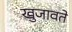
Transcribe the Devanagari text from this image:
खुजावते